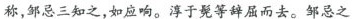
称，邹忌三知之，如应响。淳于髡等辞屈而去。邹忌之